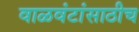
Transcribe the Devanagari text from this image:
वाळवंटांसाठीच